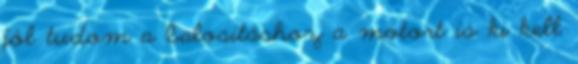
jól tudom a balosításhoz a motort is ki kell